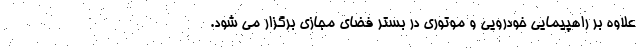
علاوه بر راهپیمایی خودرویی و موتوری در بستر فضای مجازی برگزار می شود.